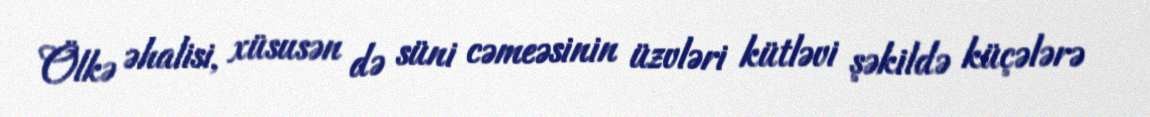
Ölkə əhalisi, xüsusən də süni cəmeəsinin üzvləri kütləvi şəkildə küçələrə